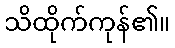
သိထိုက်ကုန်၏။